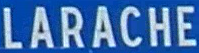
LARACHE